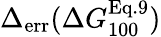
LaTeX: \Delta_{\mathrm{err}}(\Delta G_{100}^{\mathrm{Eq.9}})